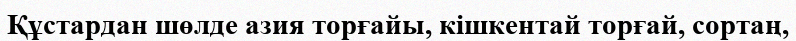
Құстардан шөлде азия торғайы, кішкентай торғай, copтaң,